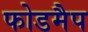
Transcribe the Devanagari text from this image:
फोडमैप